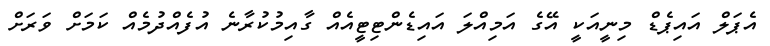
އެޕަލް އައިޕެޑް މިނީއަކީ އޭގެ އަމިއްލަ އައިޑެންޓިޓީއެއް ގާއިމުކުރާނެ އުފެއްދުމެއް ކަމަށް ވަރަށް